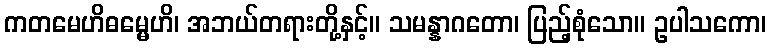
ကတမေဟိဓမ္မေဟိ၊ အဘယ်တရားတို့နှင့်။ သမန္နာဂတော၊ ပြည့်စုံသော။ ဥပါသကော၊